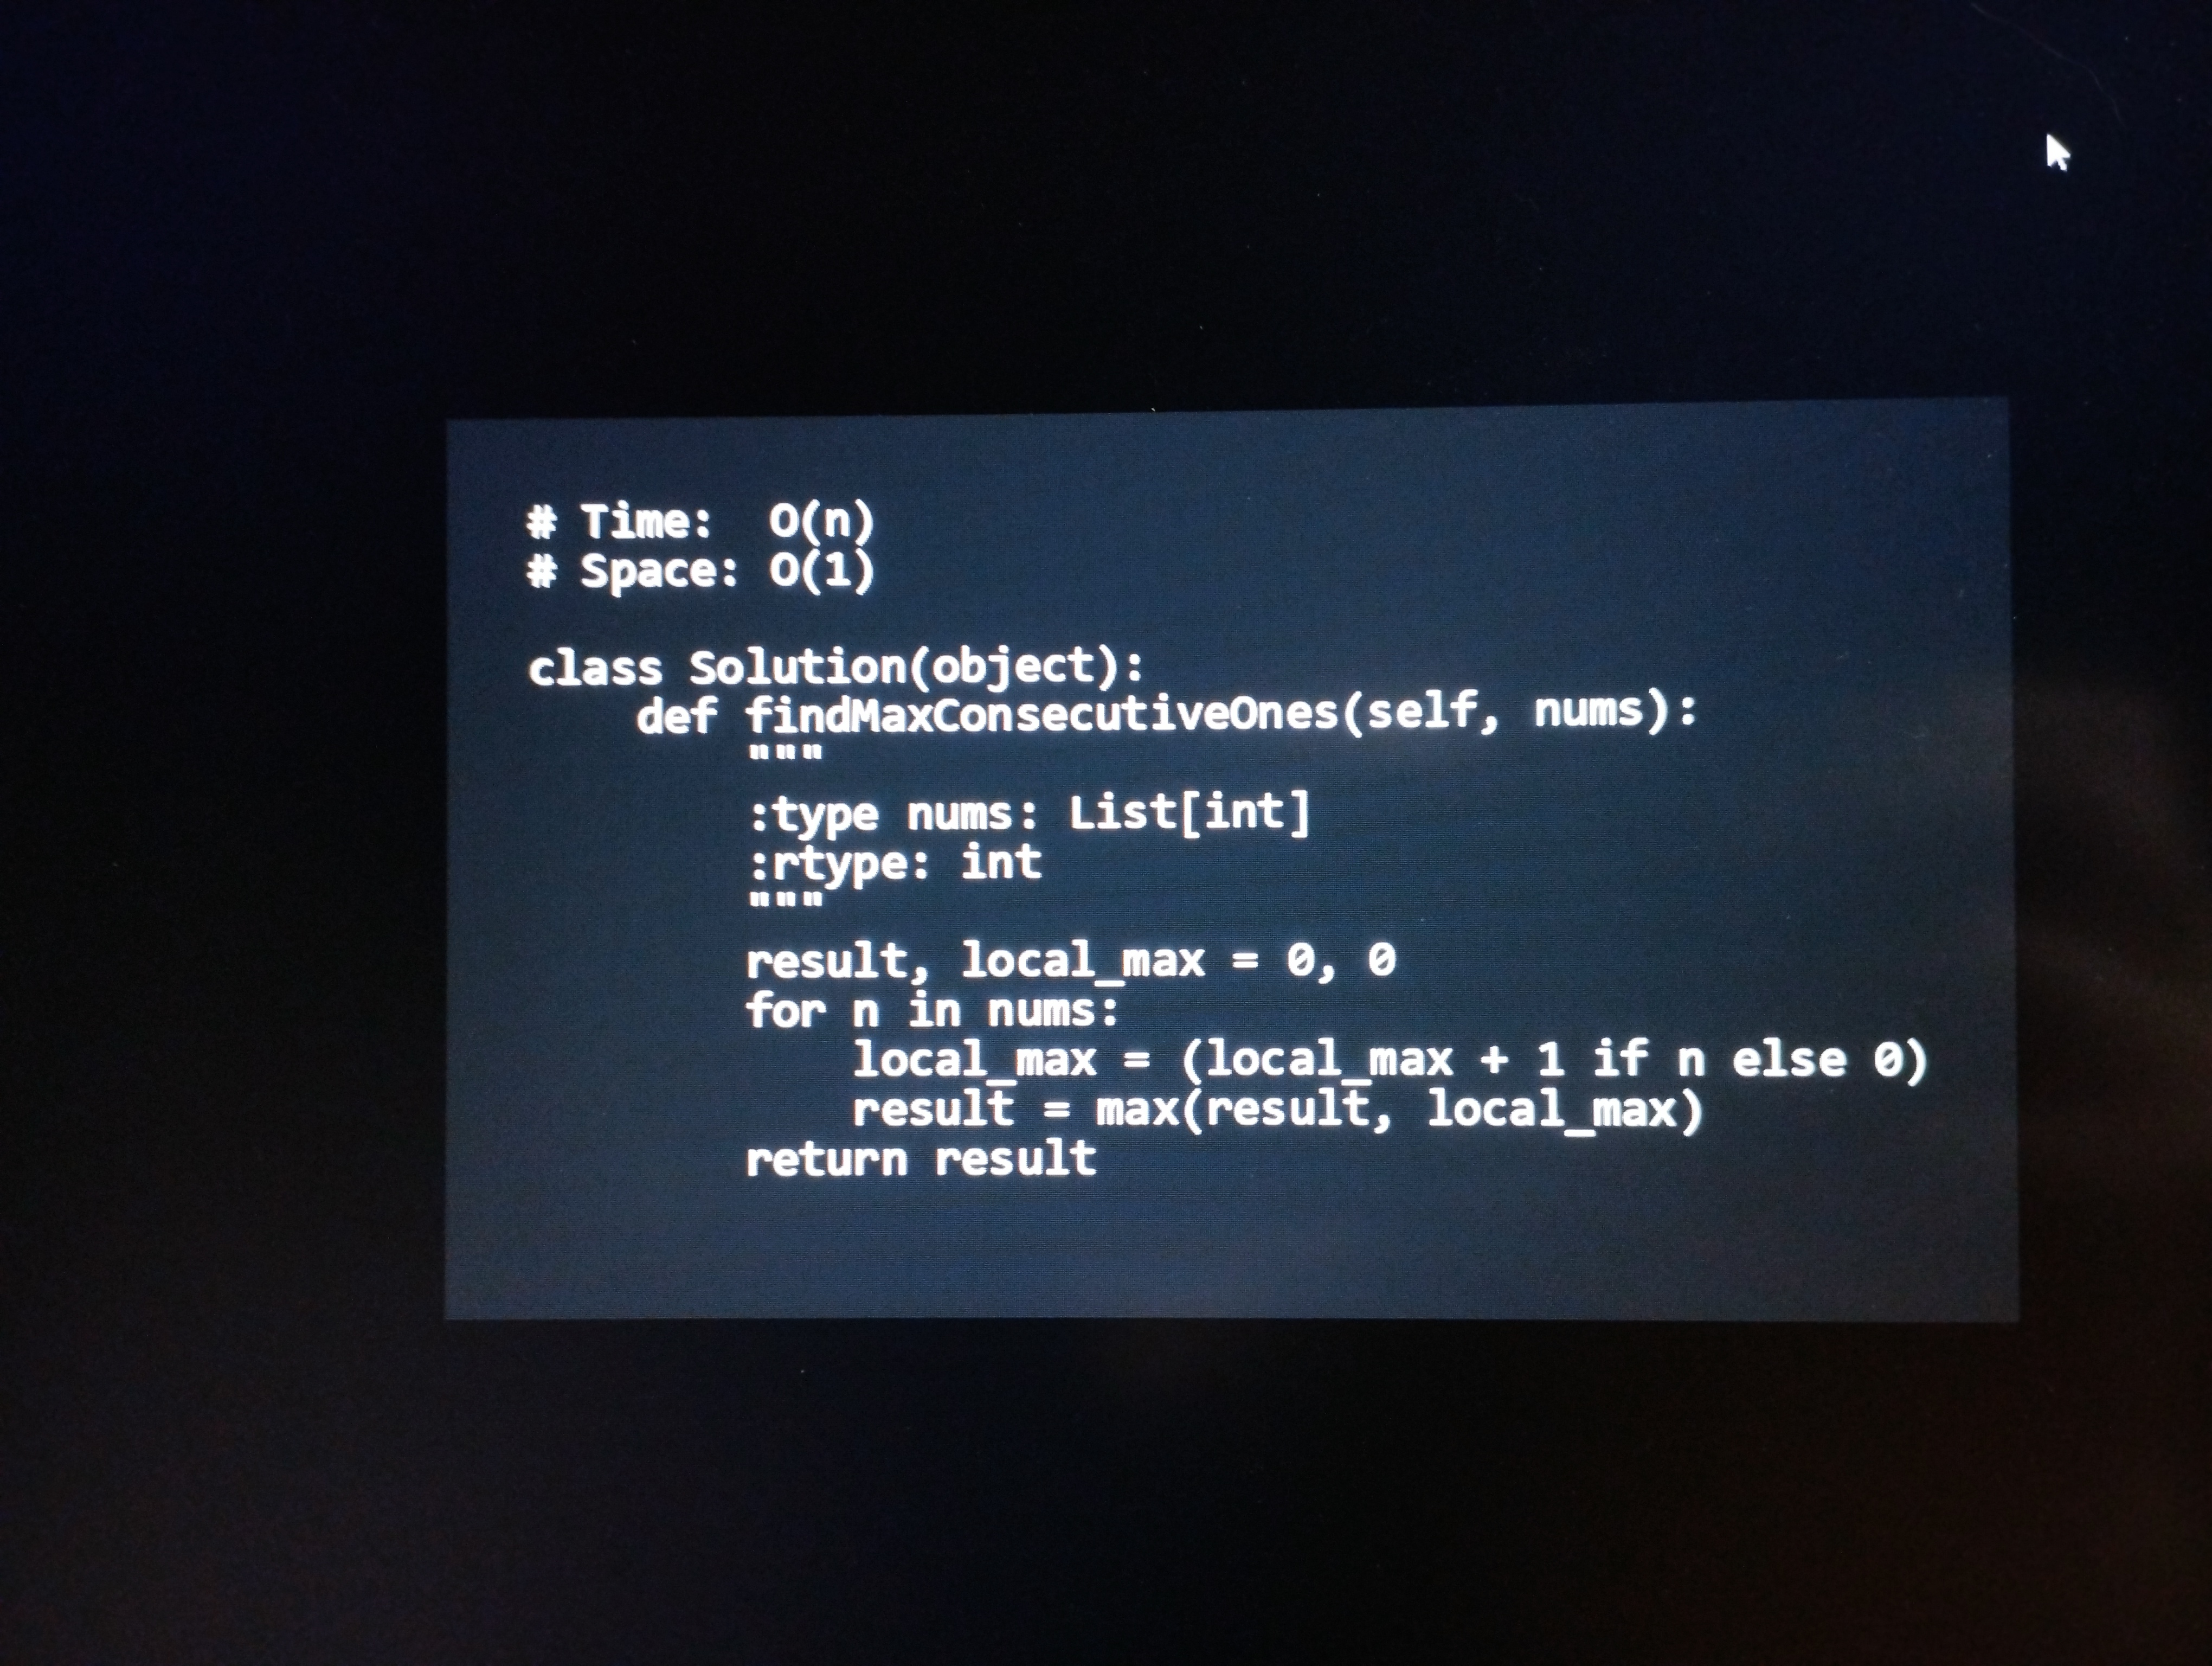
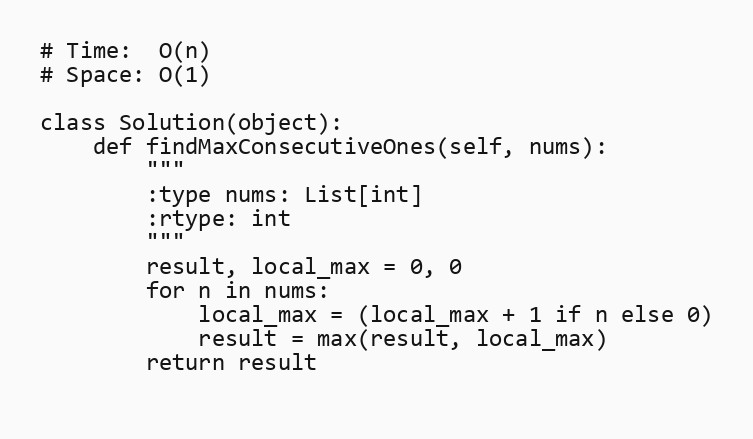
# Time:  O(n)
# Space: O(1)

class Solution(object):
    def findMaxConsecutiveOnes(self, nums):
        """
        :type nums: List[int]
        :rtype: int
        """
        result, local_max = 0, 0
        for n in nums:
            local_max = (local_max + 1 if n else 0)
            result = max(result, local_max)
        return result